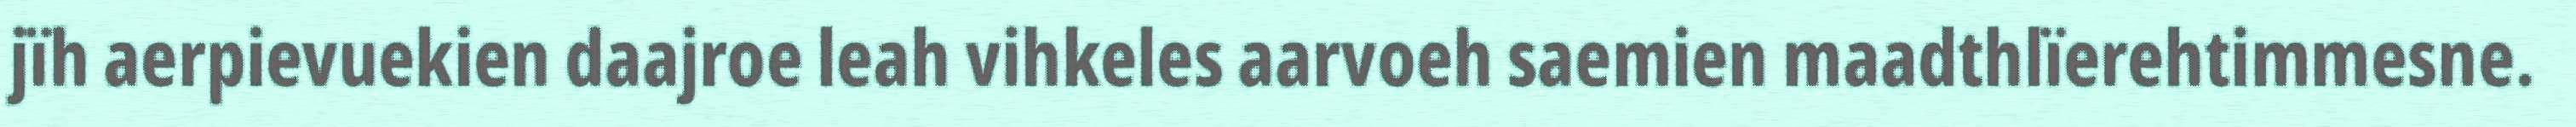
jïh aerpievuekien daajroe leah vihkeles aarvoeh saemien maadthlïerehtimmesne.